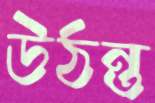
উঠন্ত